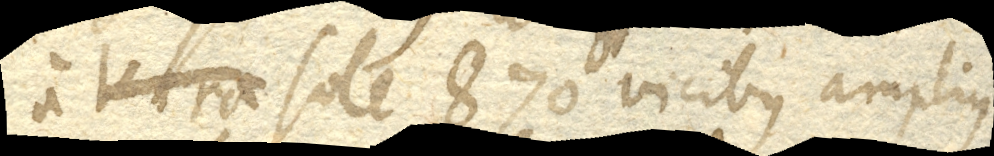
a sole 870 vicibus amplius